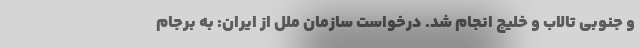
و جنوبی تالاب و خلیج انجام شد. درخواست سازمان ملل از ایران: به برجام